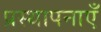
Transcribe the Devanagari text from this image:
प्रस्थापनाएँ